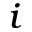
\lat _ { i }